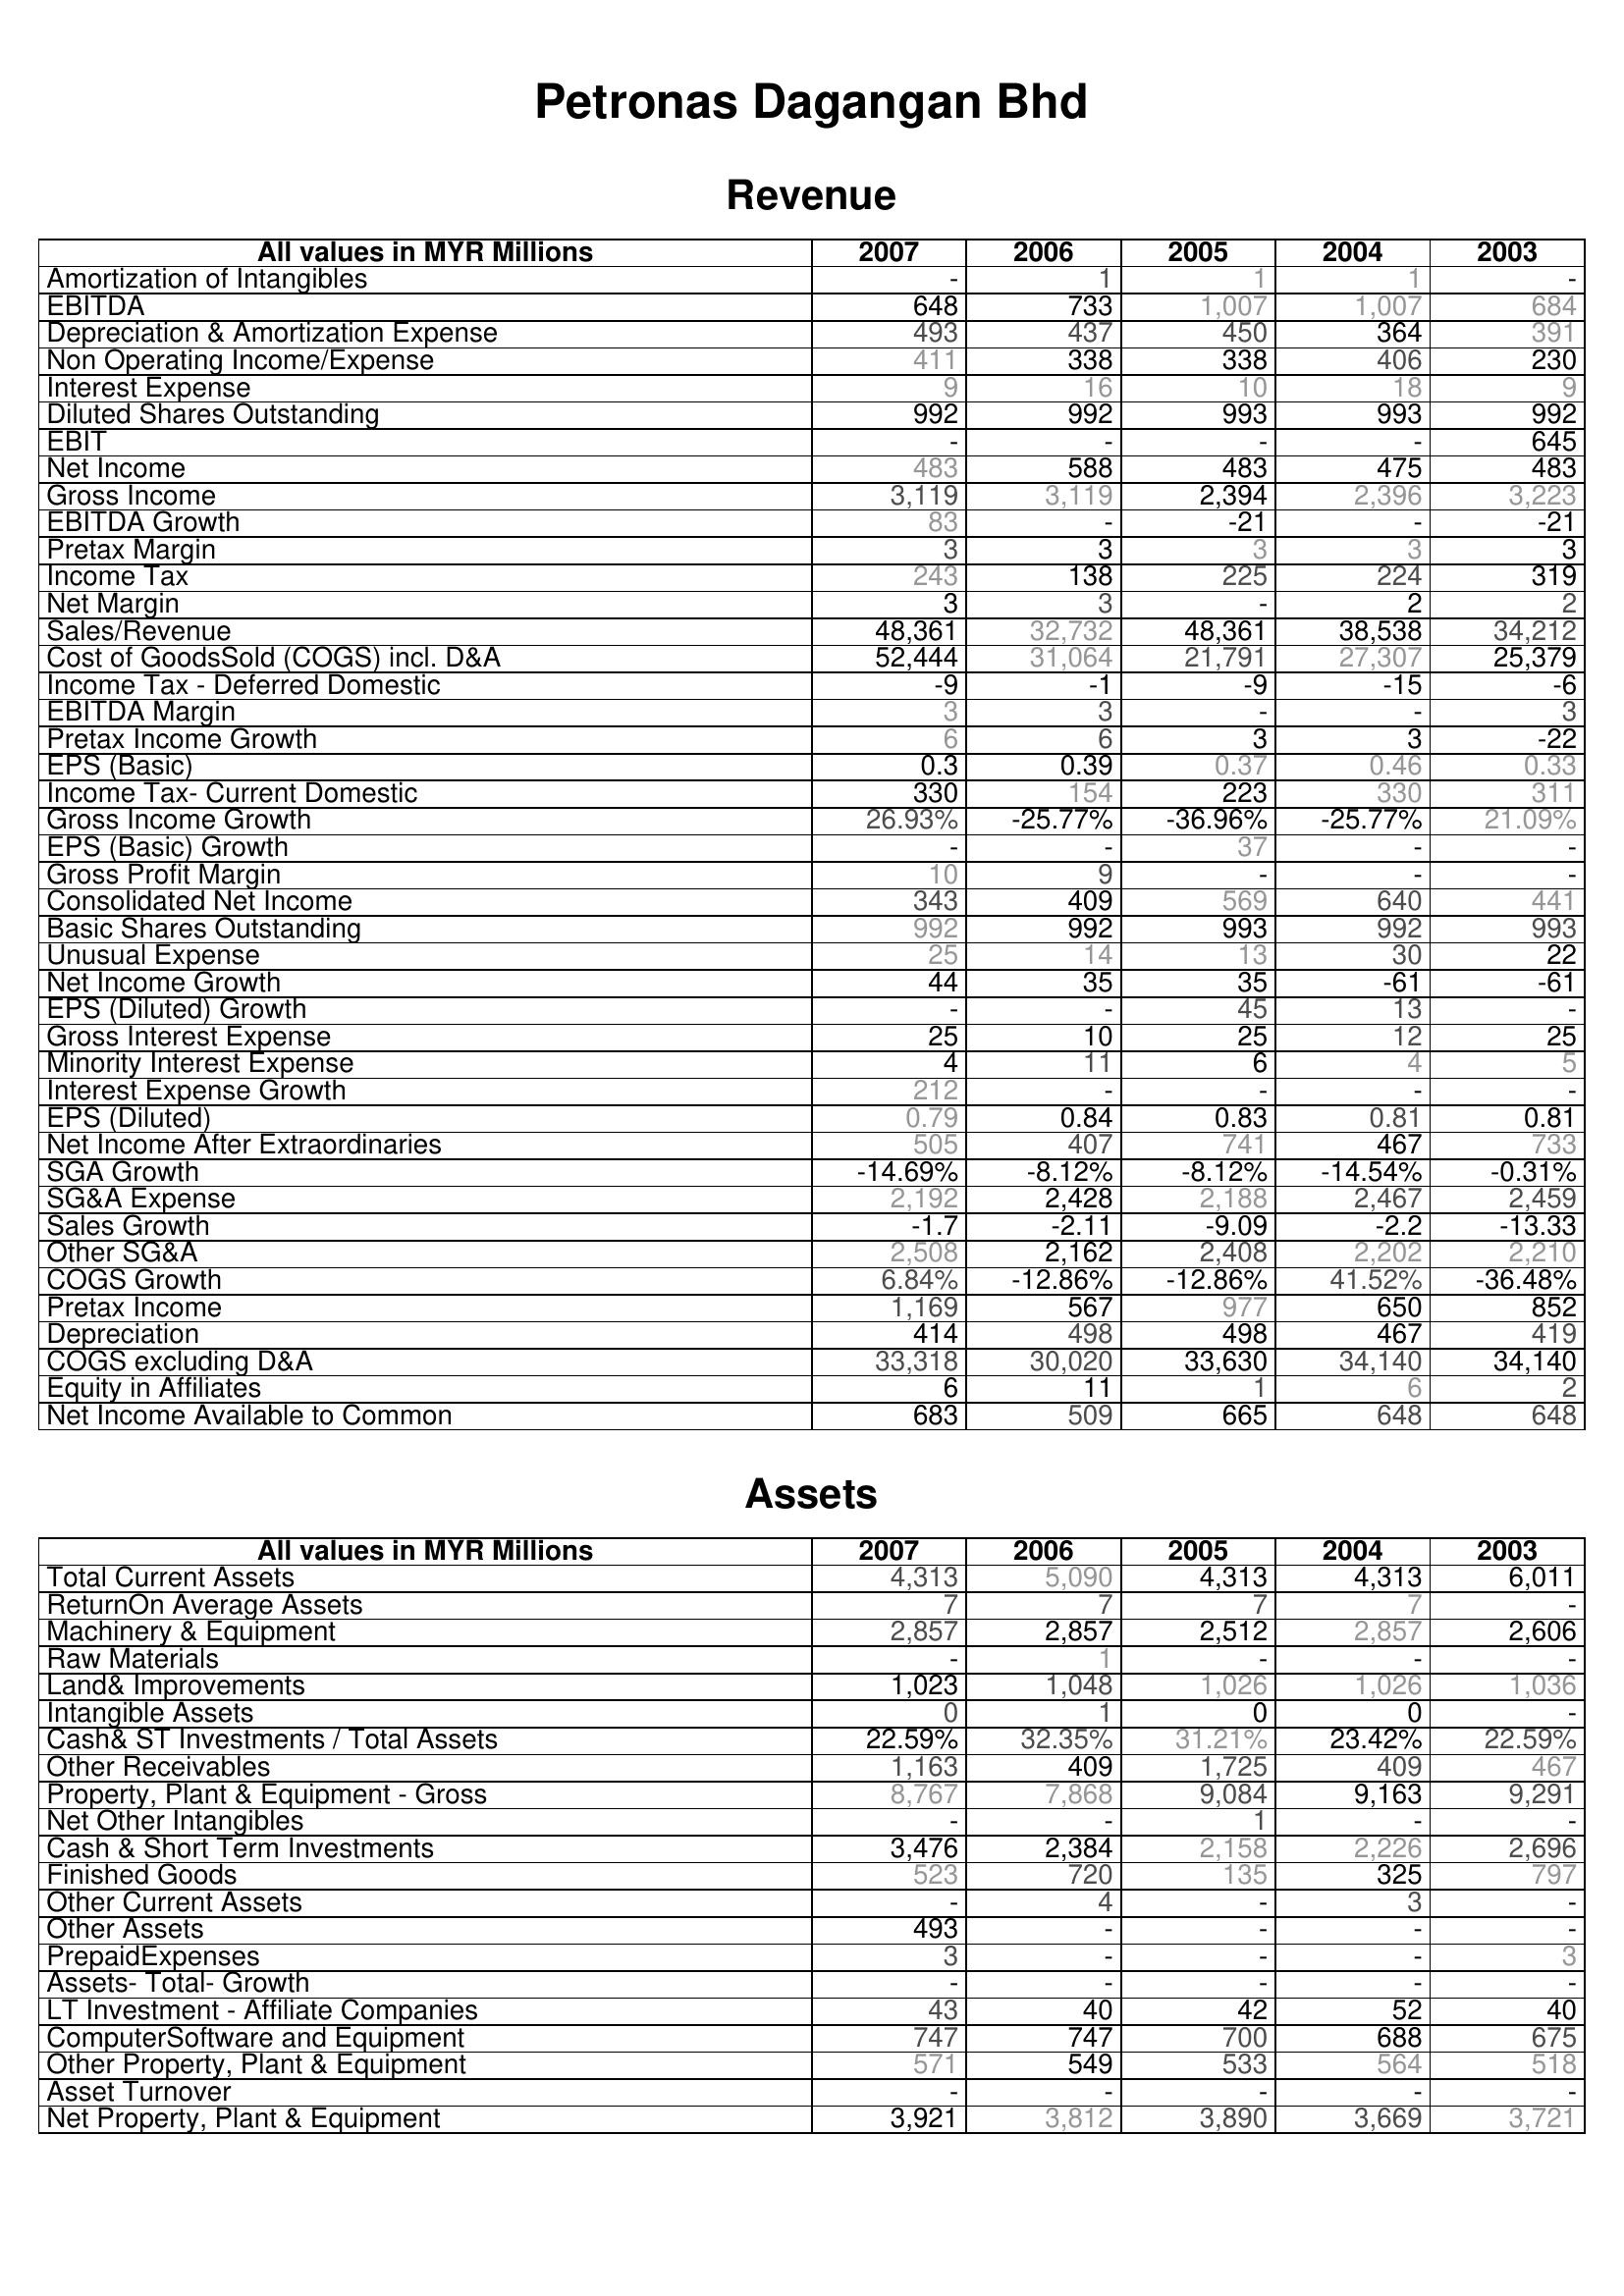
2007: Revenue: Amortization of Intangibles: -
EBITDA: 648
Depreciation & Amortization Expense: 493
Non Operating Income/Expense: 411
Interest Expense: 9
Diluted Shares Outstanding: 992
EBIT: -
Net Income: 483
Gross Income: 3,119
EBITDA Growth: 83
Pretax Margin: 3
Income Tax: 243
Net Margin: 3
Sales/Revenue: 48,361
Cost of GoodsSold (COGS) incl. D&A: 52,444
Income Tax - Deferred Domestic: -9
EBITDA Margin: 3
Pretax Income Growth: 6
EPS (Basic): 0.3
Income Tax- Current Domestic: 330
Gross Income Growth: 26.93%
EPS (Basic) Growth: -
Gross Profit Margin: 10
Consolidated Net Income: 343
Basic Shares Outstanding: 992
Unusual Expense: 25
Net Income Growth: 44
EPS (Diluted) Growth: -
Gross Interest Expense: 25
Minority Interest Expense: 4
Interest Expense Growth: 212
EPS (Diluted): 0.79
Net Income After Extraordinaries: 505
SGA Growth: -14.69%
SG&A Expense: 2,192
Sales Growth: -1.7
Other SG&A: 2,508
COGS Growth: 6.84%
Pretax Income: 1,169
Depreciation: 414
COGS excluding D&A: 33,318
Equity in Affiliates: 6
Net Income Available to Common: 683
Assets: Total Current Assets: 4,313
ReturnOn Average Assets: 7
Machinery & Equipment: 2,857
Raw Materials: -
Land& Improvements: 1,023
Intangible Assets: 0
Cash& ST Investments / Total Assets: 22.59%
Other Receivables: 1,163
Property, Plant & Equipment - Gross : 8,767
Net Other Intangibles: -
Cash & Short Term Investments: 3,476
Finished Goods: 523
Other Current Assets: -
Other Assets: 493
PrepaidExpenses: 3
Assets- Total- Growth: -
LT Investment - Affiliate Companies: 43
ComputerSoftware and Equipment: 747
Other Property, Plant & Equipment: 571
Asset Turnover: -
Net Property, Plant & Equipment: 3,921
2006: Revenue: Amortization of Intangibles: 1
EBITDA: 733
Depreciation & Amortization Expense: 437
Non Operating Income/Expense: 338
Interest Expense: 16
Diluted Shares Outstanding: 992
EBIT: -
Net Income: 588
Gross Income: 3,119
EBITDA Growth: -
Pretax Margin: 3
Income Tax: 138
Net Margin: 3
Sales/Revenue: 32,732
Cost of GoodsSold (COGS) incl. D&A: 31,064
Income Tax - Deferred Domestic: -1
EBITDA Margin: 3
Pretax Income Growth: 6
EPS (Basic): 0.39
Income Tax- Current Domestic: 154
Gross Income Growth: -25.77%
EPS (Basic) Growth: -
Gross Profit Margin: 9
Consolidated Net Income: 409
Basic Shares Outstanding: 992
Unusual Expense: 14
Net Income Growth: 35
EPS (Diluted) Growth: -
Gross Interest Expense: 10
Minority Interest Expense: 11
Interest Expense Growth: -
EPS (Diluted): 0.84
Net Income After Extraordinaries: 407
SGA Growth: -8.12%
SG&A Expense: 2,428
Sales Growth: -2.11
Other SG&A: 2,162
COGS Growth: -12.86%
Pretax Income: 567
Depreciation: 498
COGS excluding D&A: 30,020
Equity in Affiliates: 11
Net Income Available to Common: 509
Assets: Total Current Assets: 5,090
ReturnOn Average Assets: 7
Machinery & Equipment: 2,857
Raw Materials: 1
Land& Improvements: 1,048
Intangible Assets: 1
Cash& ST Investments / Total Assets: 32.35%
Other Receivables: 409
Property, Plant & Equipment - Gross : 7,868
Net Other Intangibles: -
Cash & Short Term Investments: 2,384
Finished Goods: 720
Other Current Assets: 4
Other Assets: -
PrepaidExpenses: -
Assets- Total- Growth: -
LT Investment - Affiliate Companies: 40
ComputerSoftware and Equipment: 747
Other Property, Plant & Equipment: 549
Asset Turnover: -
Net Property, Plant & Equipment: 3,812
2005: Revenue: Amortization of Intangibles: 1
EBITDA: 1,007
Depreciation & Amortization Expense: 450
Non Operating Income/Expense: 338
Interest Expense: 10
Diluted Shares Outstanding: 993
EBIT: -
Net Income: 483
Gross Income: 2,394
EBITDA Growth: -21
Pretax Margin: 3
Income Tax: 225
Net Margin: -
Sales/Revenue: 48,361
Cost of GoodsSold (COGS) incl. D&A: 21,791
Income Tax - Deferred Domestic: -9
EBITDA Margin: -
Pretax Income Growth: 3
EPS (Basic): 0.37
Income Tax- Current Domestic: 223
Gross Income Growth: -36.96%
EPS (Basic) Growth: 37
Gross Profit Margin: -
Consolidated Net Income: 569
Basic Shares Outstanding: 993
Unusual Expense: 13
Net Income Growth: 35
EPS (Diluted) Growth: 45
Gross Interest Expense: 25
Minority Interest Expense: 6
Interest Expense Growth: -
EPS (Diluted): 0.83
Net Income After Extraordinaries: 741
SGA Growth: -8.12%
SG&A Expense: 2,188
Sales Growth: -9.09
Other SG&A: 2,408
COGS Growth: -12.86%
Pretax Income: 977
Depreciation: 498
COGS excluding D&A: 33,630
Equity in Affiliates: 1
Net Income Available to Common: 665
Assets: Total Current Assets: 4,313
ReturnOn Average Assets: 7
Machinery & Equipment: 2,512
Raw Materials: -
Land& Improvements: 1,026
Intangible Assets: 0
Cash& ST Investments / Total Assets: 31.21%
Other Receivables: 1,725
Property, Plant & Equipment - Gross : 9,084
Net Other Intangibles: 1
Cash & Short Term Investments: 2,158
Finished Goods: 135
Other Current Assets: -
Other Assets: -
PrepaidExpenses: -
Assets- Total- Growth: -
LT Investment - Affiliate Companies: 42
ComputerSoftware and Equipment: 700
Other Property, Plant & Equipment: 533
Asset Turnover: -
Net Property, Plant & Equipment: 3,890
2004: Revenue: Amortization of Intangibles: 1
EBITDA: 1,007
Depreciation & Amortization Expense: 364
Non Operating Income/Expense: 406
Interest Expense: 18
Diluted Shares Outstanding: 993
EBIT: -
Net Income: 475
Gross Income: 2,396
EBITDA Growth: -
Pretax Margin: 3
Income Tax: 224
Net Margin: 2
Sales/Revenue: 38,538
Cost of GoodsSold (COGS) incl. D&A: 27,307
Income Tax - Deferred Domestic: -15
EBITDA Margin: -
Pretax Income Growth: 3
EPS (Basic): 0.46
Income Tax- Current Domestic: 330
Gross Income Growth: -25.77%
EPS (Basic) Growth: -
Gross Profit Margin: -
Consolidated Net Income: 640
Basic Shares Outstanding: 992
Unusual Expense: 30
Net Income Growth: -61
EPS (Diluted) Growth: 13
Gross Interest Expense: 12
Minority Interest Expense: 4
Interest Expense Growth: -
EPS (Diluted): 0.81
Net Income After Extraordinaries: 467
SGA Growth: -14.54%
SG&A Expense: 2,467
Sales Growth: -2.2
Other SG&A: 2,202
COGS Growth: 41.52%
Pretax Income: 650
Depreciation: 467
COGS excluding D&A: 34,140
Equity in Affiliates: 6
Net Income Available to Common: 648
Assets: Total Current Assets: 4,313
ReturnOn Average Assets: 7
Machinery & Equipment: 2,857
Raw Materials: -
Land& Improvements: 1,026
Intangible Assets: 0
Cash& ST Investments / Total Assets: 23.42%
Other Receivables: 409
Property, Plant & Equipment - Gross : 9,163
Net Other Intangibles: -
Cash & Short Term Investments: 2,226
Finished Goods: 325
Other Current Assets: 3
Other Assets: -
PrepaidExpenses: -
Assets- Total- Growth: -
LT Investment - Affiliate Companies: 52
ComputerSoftware and Equipment: 688
Other Property, Plant & Equipment: 564
Asset Turnover: -
Net Property, Plant & Equipment: 3,669
2003: Revenue: Amortization of Intangibles: -
EBITDA: 684
Depreciation & Amortization Expense: 391
Non Operating Income/Expense: 230
Interest Expense: 9
Diluted Shares Outstanding: 992
EBIT: 645
Net Income: 483
Gross Income: 3,223
EBITDA Growth: -21
Pretax Margin: 3
Income Tax: 319
Net Margin: 2
Sales/Revenue: 34,212
Cost of GoodsSold (COGS) incl. D&A: 25,379
Income Tax - Deferred Domestic: -6
EBITDA Margin: 3
Pretax Income Growth: -22
EPS (Basic): 0.33
Income Tax- Current Domestic: 311
Gross Income Growth: 21.09%
EPS (Basic) Growth: -
Gross Profit Margin: -
Consolidated Net Income: 441
Basic Shares Outstanding: 993
Unusual Expense: 22
Net Income Growth: -61
EPS (Diluted) Growth: -
Gross Interest Expense: 25
Minority Interest Expense: 5
Interest Expense Growth: -
EPS (Diluted): 0.81
Net Income After Extraordinaries: 733
SGA Growth: -0.31%
SG&A Expense: 2,459
Sales Growth: -13.33
Other SG&A: 2,210
COGS Growth: -36.48%
Pretax Income: 852
Depreciation: 419
COGS excluding D&A: 34,140
Equity in Affiliates: 2
Net Income Available to Common: 648
Assets: Total Current Assets: 6,011
ReturnOn Average Assets: -
Machinery & Equipment: 2,606
Raw Materials: -
Land& Improvements: 1,036
Intangible Assets: -
Cash& ST Investments / Total Assets: 22.59%
Other Receivables: 467
Property, Plant & Equipment - Gross : 9,291
Net Other Intangibles: -
Cash & Short Term Investments: 2,696
Finished Goods: 797
Other Current Assets: -
Other Assets: -
PrepaidExpenses: 3
Assets- Total- Growth: -
LT Investment - Affiliate Companies: 40
ComputerSoftware and Equipment: 675
Other Property, Plant & Equipment: 518
Asset Turnover: -
Net Property, Plant & Equipment: 3,721